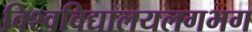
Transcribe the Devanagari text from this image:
विश्वविद्यालयलगभग